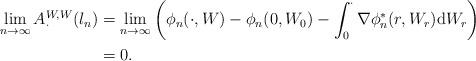
LaTeX: \begin{align*}\lim_{n\to \infty} A^{W,W}_\cdot (l_n) & = \lim_{n\to \infty}\left ( \phi_n(\cdot, W) -\phi_n(0, W_0) - \int_0^\cdot \nabla \phi_n^* (r, W_r) \mathrm d W_r \right)\\& = 0.\end{align*}